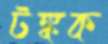
টঙ্কক